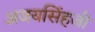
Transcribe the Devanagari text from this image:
अजयसिंहजी